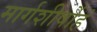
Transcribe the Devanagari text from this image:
मार्गशीर्षोहं